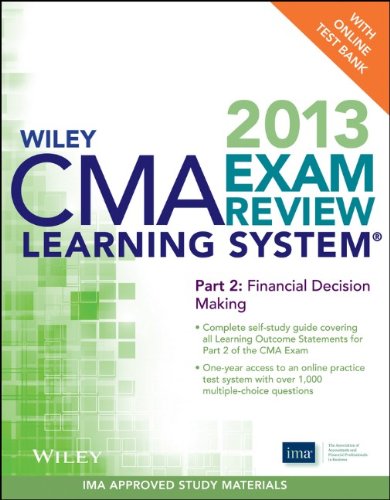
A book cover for Wiley CMA Learning System Exam Review 2013, Financial Decision Making, + Test Bank (Part 2); IMA; Test Preparation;